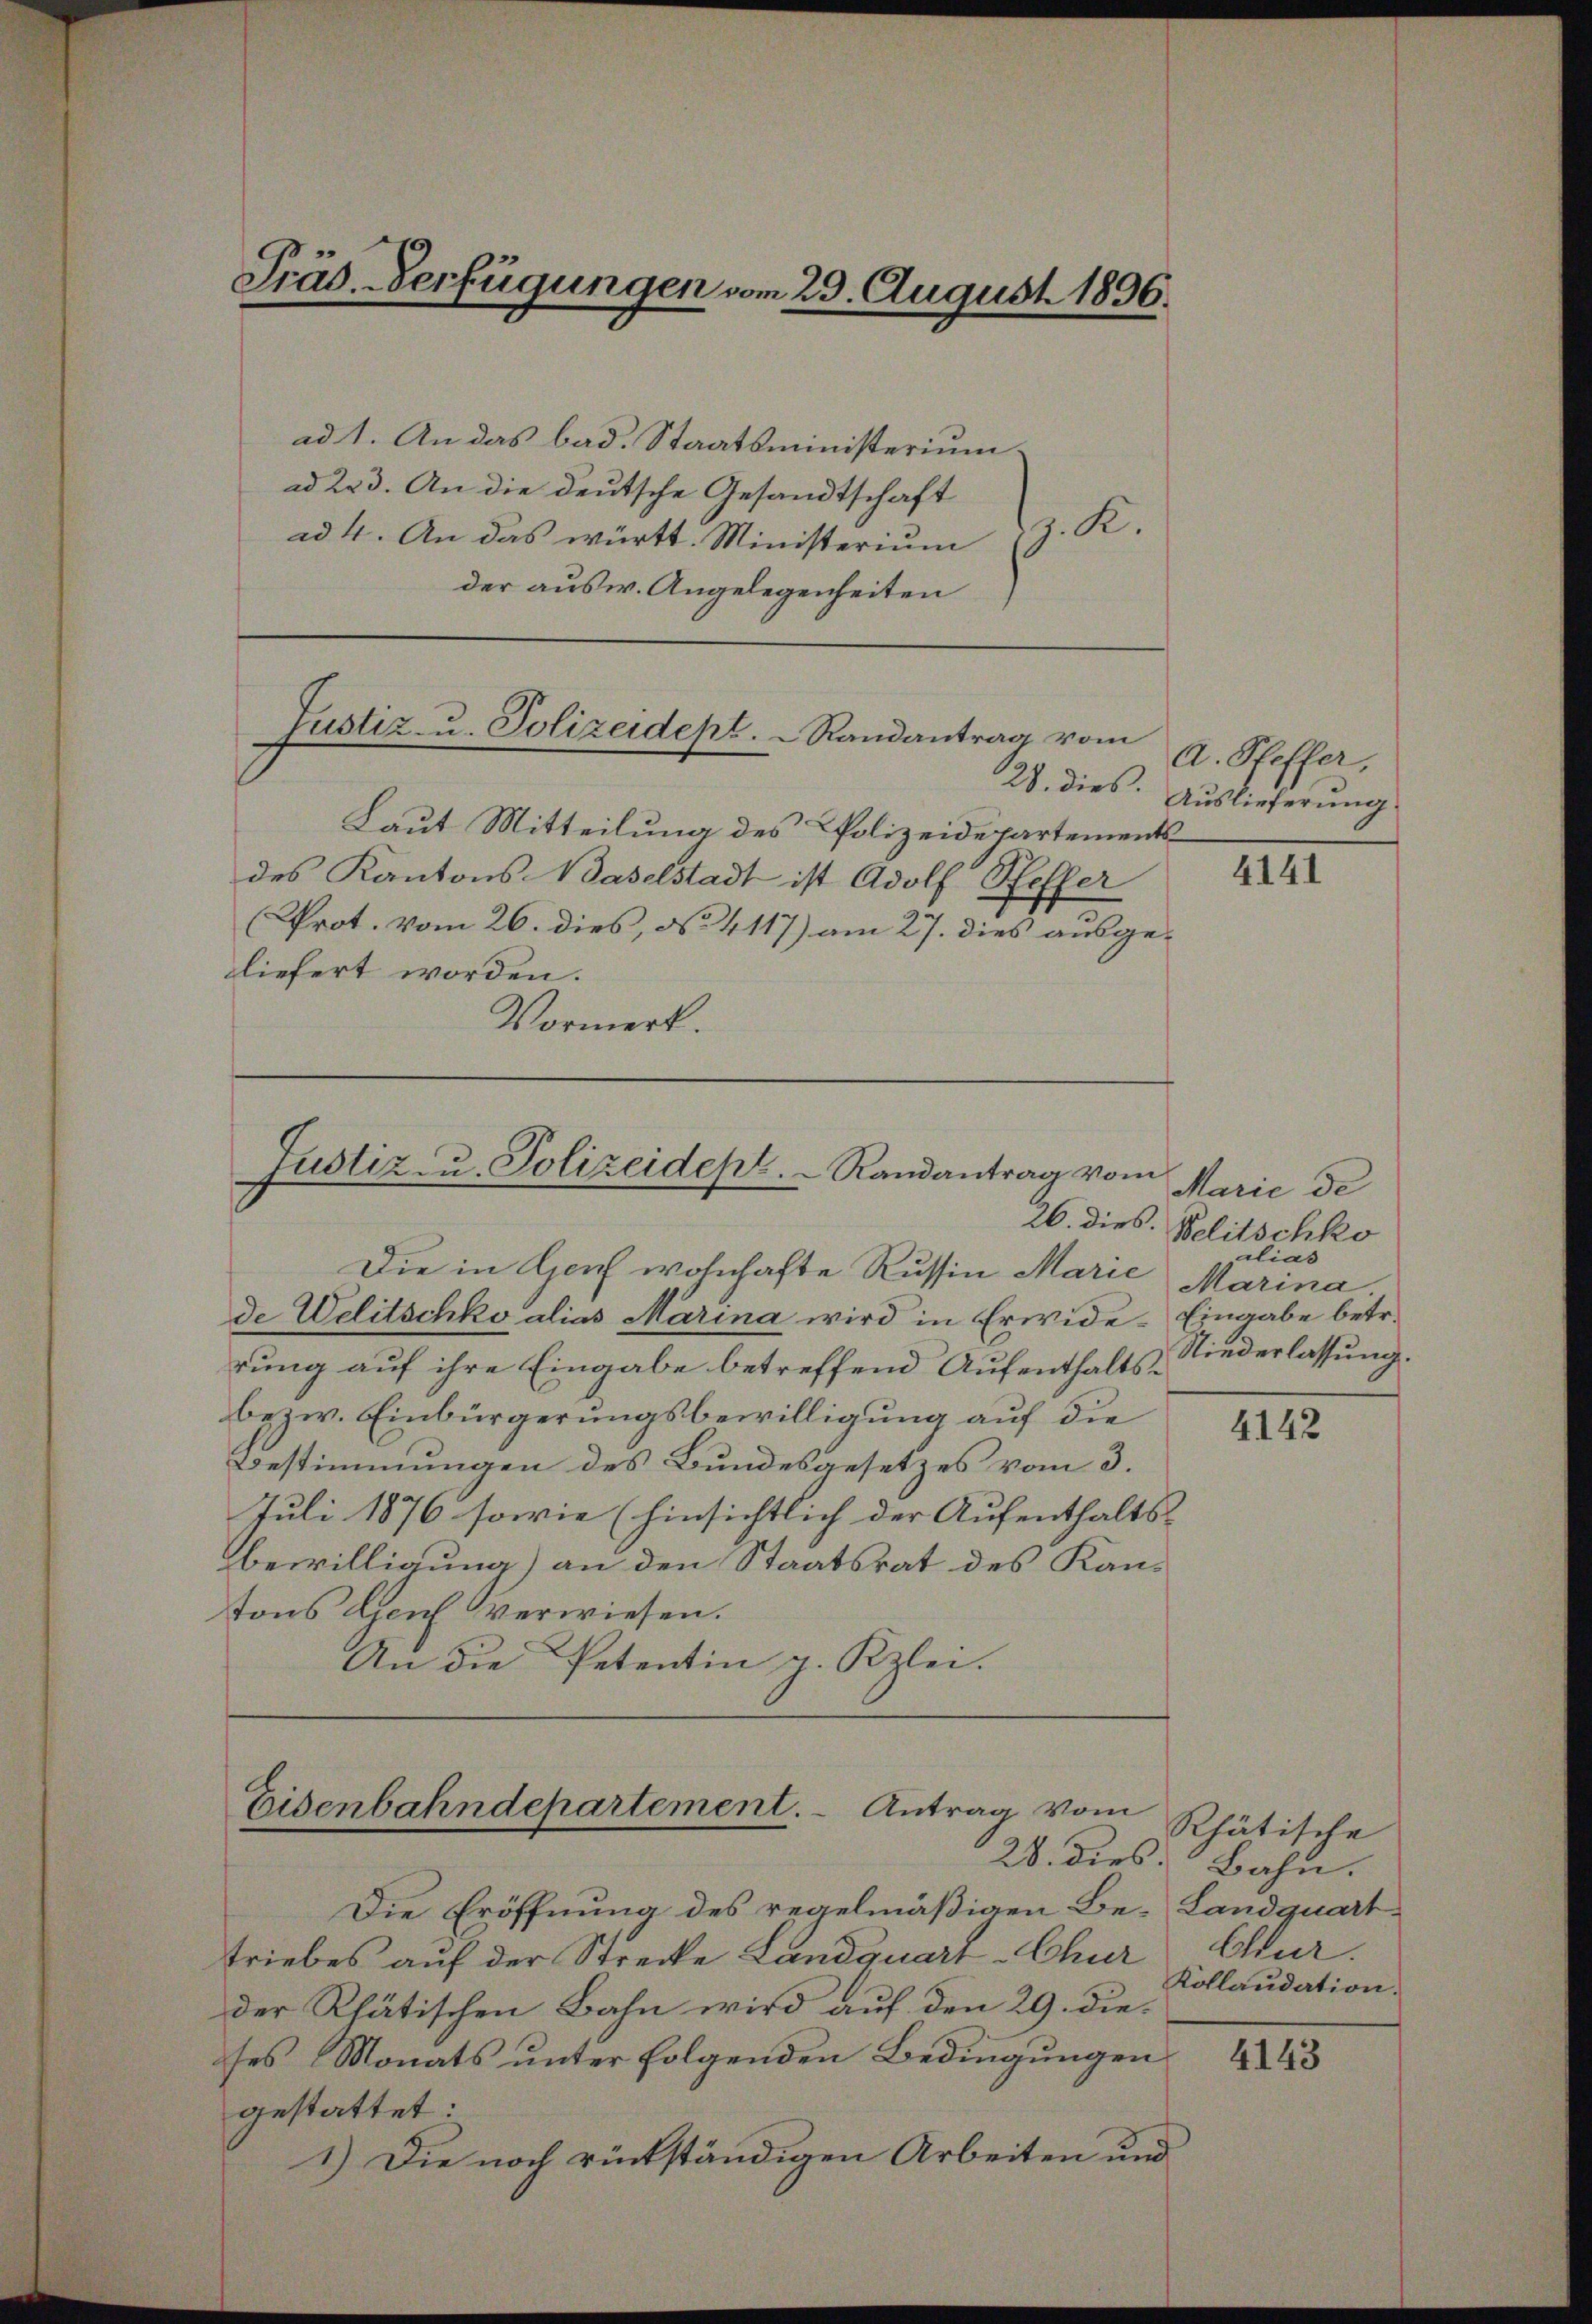
Präs. Verfügungen vom 29. August 1896.

ad 1. An das bad. Staatsministerium.
ad 223. An die deutsche Gesandtschaft
z. R.
ad 4. An das württ. Ministerium
der ausw. Angelegenheiten

Justiz- u. Polizeidept.   Randantrag vom

Justiz u. Polizeidept. Randantrag vom

Eisenbahndepartement. - Antrag vom

Laut Mitteilung des Polizeidepartements
des Kantons-Waselstadt ist Adolf Steffer
Prot. vom 26. dies, No 4117) am 27. dies ausgeliefert worden.
Vormerk.

Die in Genf wohnhafte Russin Marie
de Welitschko alias Marina wird in Erwide-Eingabe betr.
rung auf ihre Eingabe betreffend Aufenthalts¬
bezw. Einbürgerungsbewilligung auf die
Bestimmungen des Bundesgesetzes vom 3.
Juli 1876 sowie (hinsichtlich der Aufenthalts-
Bewilligung) an den Staatsrat des Kantons Genf verwiesen.
An die Petentin g. Kzlei.

Die Eröffnung des regelmäßigen Be-Landquarttriebes auf der Strecke Landquart Chur, Chur.
der Rhätischen Bahn wird auf den 29. dieses Monats unter folgenden Bedingungen
gestattet.
1.) Die noch rückständigen Arbeiten und

A. Pfeffer,
28. dies. Auslieferung

4141

Marie de
26. dies. Belitschko
alias
Marina
Niederlassung.

4142

Rtätische
28. dies Bahn.
Köllaudation.

4143